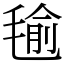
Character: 毺